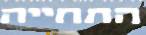
התחייה